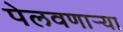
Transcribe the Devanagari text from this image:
पेलवणार्‍या